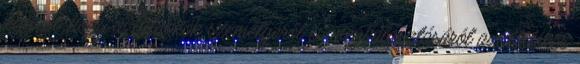
jegyzőt, hogy az ülnökök személyéről és megválasztásáról az illetékes